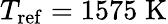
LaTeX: T_{\mathrm{ref}}=1575\; \mathrm{K}